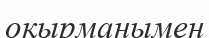
оқырманымен